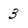
Character: 3